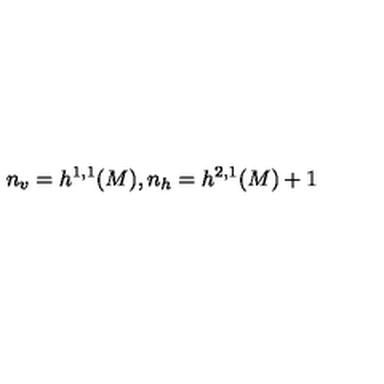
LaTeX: n _ { v } = h ^ { 1 , 1 } ( M ) , n _ { h } = h ^ { 2 , 1 } ( M ) + 1